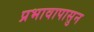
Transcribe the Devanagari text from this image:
प्रभावापासुन